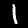
Digit: 1